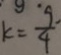
k = \frac { 9 } { 4 }